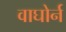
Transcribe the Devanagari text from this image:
वाघोर्न